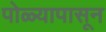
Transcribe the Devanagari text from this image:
पोळ्यापासून